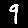
Digit: 9